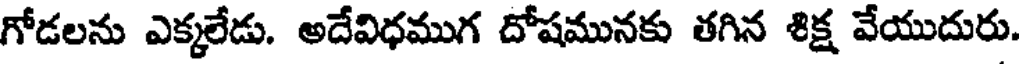
గోడలను ఎక్కలేడు. అదేవిధముగ దోషమునకు తగిన శిక్ష వేయుదురు.